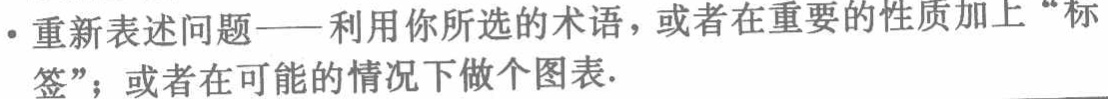
• 重新表述问题——利用你所选的术语，或者在重要的性质加上“标签”；或者在可能的情况下做个图表.